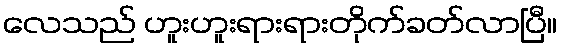
လေသည် ဟူးဟူးရားရားတိုက်ခတ်လာပြီ။